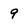
Character: 9